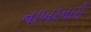
નાખરનારી